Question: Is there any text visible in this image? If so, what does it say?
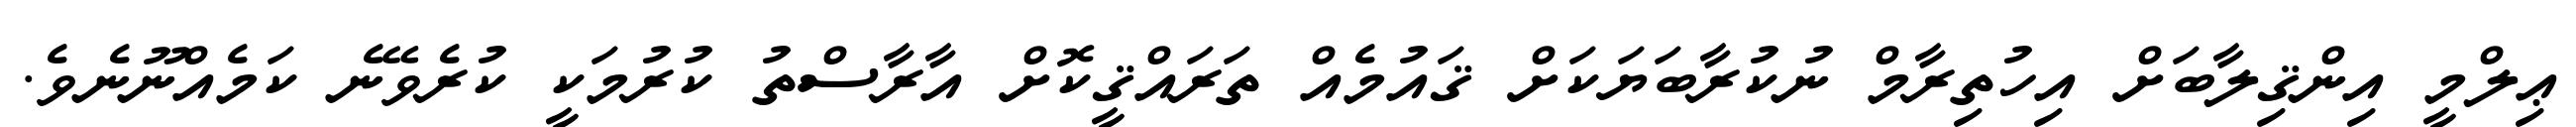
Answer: ޢިލްމީ އިންޤިލާބަށް އިހުތިރާމް ނުކުރާބަޔަކަށް ޤައުމެއް ތަރައްޤީކޮށް އާރާސްތު ކުރުމަކީ ކުރެވޭނެ ކަމެއްނޫނެވެ.